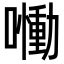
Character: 𡂁